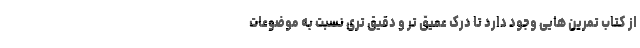
از کتاب تمرین هایی وجود دارد تا درک عمیق تر و دقیق تری نسبت به موضوعات